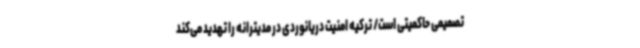
تصمیمی حاکمیتی است/ ترکیه امنیت دریانوردی در مدیترانه را تهدید می‌کند